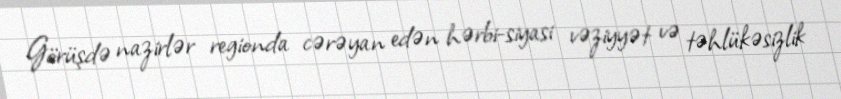
Görüşdə nazirlər regionda cərəyan edən hərbi-siyasi vəziyyət və təhlükəsizlik